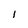
Character: l